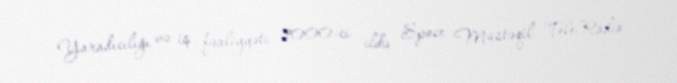
Yaradıcılığı və iş fəaliyyəti 2000-ci ildə Space Müstəqil Tele-Radio